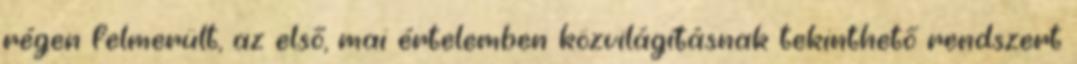
régen felmerült, az első, mai értelemben közvilágításnak tekinthető rendszert